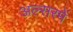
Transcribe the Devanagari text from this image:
अल्सरमें